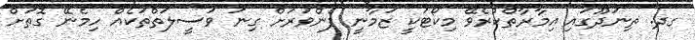
ގދ. ތިނަދޫގައި އިމާރާތްކުރެވޭ މިކޯޓަކީ ޒަމާނީ ފެންވަރަށް ގިނަ ވަސީލަތްތަކެއް ހިމެނޭ ގޮތަށް